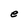
Character: e